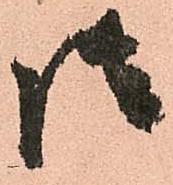
御